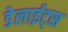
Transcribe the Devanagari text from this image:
डेलाईट्स